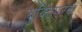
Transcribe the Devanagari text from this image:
युक्तिपरक